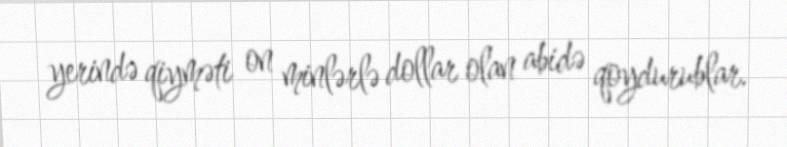
yerində qiyməti on minlərlə dollar olan abidə qoydurublar.